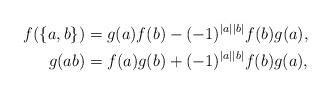
LaTeX: \begin{align*}f(\{a, b\})&=g(a)f(b)-(-1)^{|a||b|}f(b)g(a),\\g(ab)&=f(a)g(b)+(-1)^{|a||b|}f(b)g(a),\end{align*}